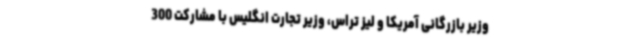
وزیر بازرگانی آمریکا و لیز تراس، وزیر تجارت انگلیس با مشارکت 300